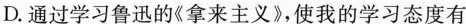
D.通过学习鲁迅的《拿来主义》，使我的学习态度有